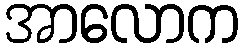
အာလောက